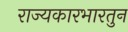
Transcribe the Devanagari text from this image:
राज्यकारभारतुन